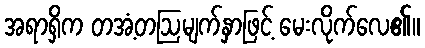
အရာရှိက တအံ့တဩမျက်နှာဖြင့် မေးလိုက်လေ၏။